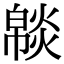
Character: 𤎥